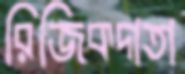
রিজিকদাতা